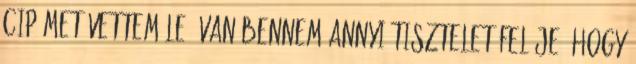
cipőmet vettem le, van bennem annyi tisztelet feléje, hogy